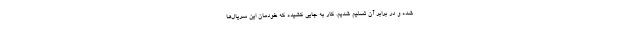
شده و در برابر آن تسلیم شدیم. کار به جایی کشیده که خودمان این سریال‌ها